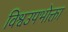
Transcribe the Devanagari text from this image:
विश्वउपभोक्ता